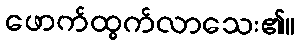
ဖောက်ထွက်လာသေး၏။